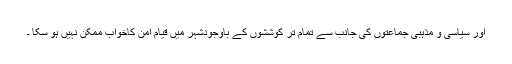
اور سیاسی و مذہبی جماعتوں کی جانب سے تمام تر کوششوں کے باوجودشہر میں قیام امن کاخواب ممکن نہیں ہو سکا ۔